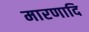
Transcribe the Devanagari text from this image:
मारणादि